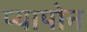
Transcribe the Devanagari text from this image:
प्यापोन